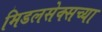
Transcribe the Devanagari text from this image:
मिडलसेक्सच्या